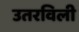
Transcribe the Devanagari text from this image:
उतरविली